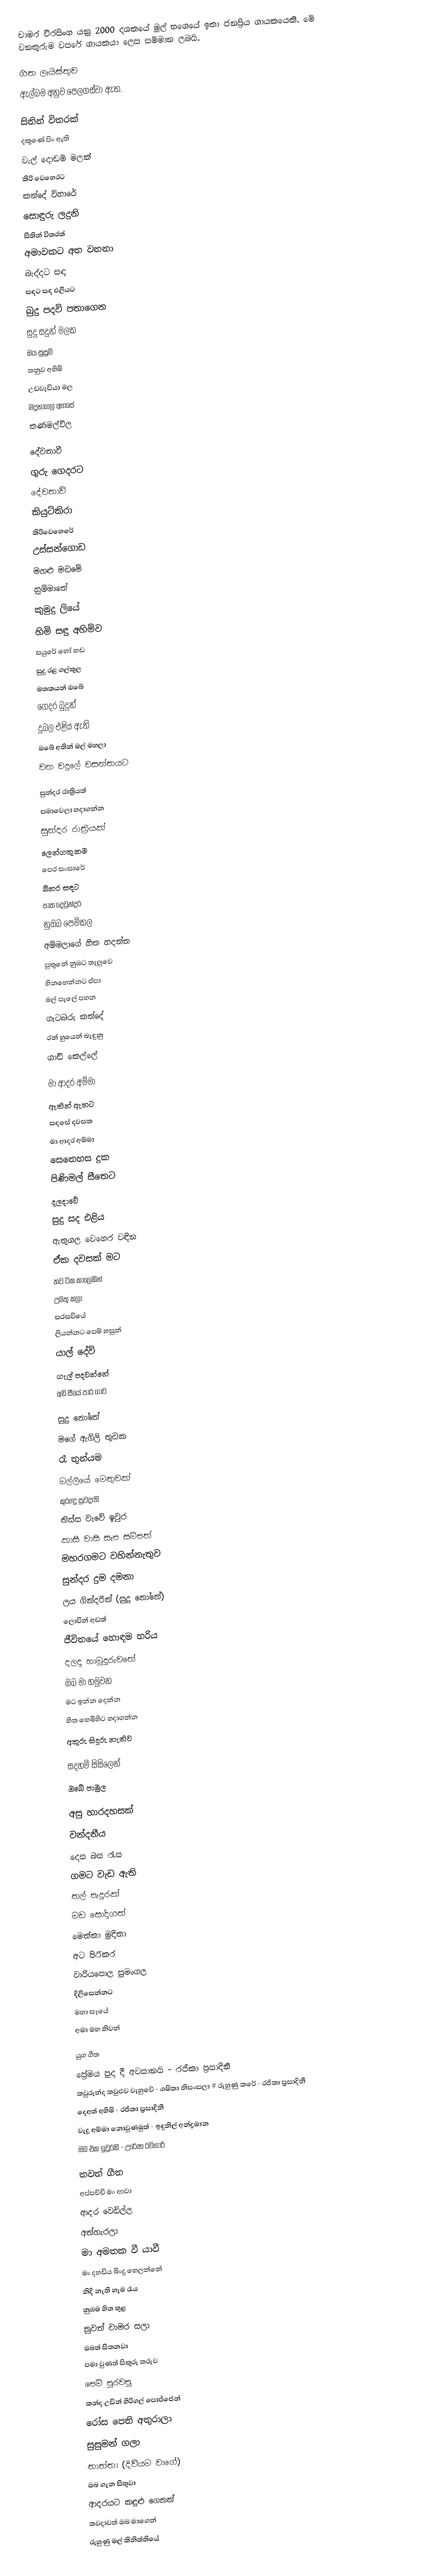
චාමර වීරසිංහ යනු 2000 දශකයේ මුල් භගෙයේ ඉතා ජනප්‍රිය ගායකයෙකි. මේ වනතුරුම වසරේ ගායකයා ලෙස සම්මාන ලබයි.

ගිත ලැයිස්තුව
 ඇල්බම අනුව පෙලගස්වා ඇත.

සිතින් විතරක්
 දකුණේ පිං ඇති
 වැල් දොඩම් මලක්
 කිරි වෙහෙරට
 කන්දේ විහාරේ
 සොඳුරු ලදුනි
 සිතින් විතරක්
 අමාවකට අත වනනා
 බැද්දට සඳ
 සඳට සඳ එලියට
 බුදු පදවි පතාගෙන
 සුදු සදුන් මලක
 ඔය සුසුම්
 තනුව අහිමි
 උඩවැඩියා මල
 මදුනාගල අහසේ
 තණමල්විල

දේවතාවී
 ගුරු ගෙදරට
 දේවතාවි
 කියුටිකිරා
 කිරිවෙහෙරේ
 උස්සන්ගොඩ
 මහළු මඩමේ
 හුම්මානේ
 කුමුදු ලියේ
 හිමි සඳු අහිමිව
 සයුරේ හෝ හඬ
 සුදු රළ ගල්කුල
 මතකයන් ඔබේ
 ගෙදර බුදුන්
 දුබල එළිය ඇති
 ඔබේ අතින් මල් මහලා
 වන වදුලේ වසන්තයට

සුන්දර රාත්‍රියක්
 සමාවෙලා හදාගන්න
 සුන්දර රාත්‍රියක්
 ලෙන්ගතුකම
 පෙර සංසාරේ
 බිනර සඳට
 පාත දෙවුන්දර
 නුඔබ පෙම්කල
 අම්මලාගේ හිත හදන්න
 පුතුනේ නුඹට තැලුවෙ
 හිනහෙන්නට ඒපා
 මල් පැලේ පහන
 ගැටබරු කන්දේ
 රන් හුයෙන් බැඳුනු
 ගාඩි කෙල්ලේ

මා ආදර අම්මා
 ඈතින් ඇතට
 සඳසේ දවසක
 මා ආදර අම්මා
 සෙනෙහස දුක
 පිණිමල් සීතෙට
 දලදාවේ
 සුදු සද එළිය
 ඇතුගල වෙහෙර වඳින
 ඒක දවසක් මට
 තව ටික කාලෙකින්
 උමතු කලා
 සරසවියේ
 ලියන්නට පෙම් හසුන්
 යාල් දේවි
 ගැල් පදවන්නේ
 අඩි සීයේ පාර ගාව

සුදු නෝනේ
 මගේ ඇගිලි තුඩක
 රෑ තුන්යම
 මල්ලියේ මෙතුවක්
 කුරුඳු සුවදැති
 තිස්ස වැවේ ඉවුර
 කාසි වාසි සැප සම්පත්
 මහරගමට වහින්නැතුව
 සුන්දර දුම දමනා
 ලය ගින්දරින් (සුදු නෝනේ)
 ලොවින් අඩක්
 ජීවිතයේ හොඳම හරිය
 දලදා හාමුදුරුවනේ
 ඔබ මා හමුවන
 මට ඉන්න දෙන්න
 හිත හෙමිහිට හදාගන්න
 අතුරු සිදුරු නැතිව

සදහම් සිසිලෙන්
 ඔබේ පාමුල

 අසු හාරදහසක්
 වන්දනීය
 දෙස බස රැස
 ගමට වැඩ ඇති
 තල් පැදුරක්
 මඩ සෝදාගත්
 මෙත්තා මුදිතා
 අට පිරිකර
 වාරියපොල සුමංගල
 දිලිසෙන්නට
 මහා සෑයේ
 අමා මහ නිවන්

යුග ගීත
 ප්‍රේමය පුද දී අවසානයි - රජිකා ප්‍රසාදිනී
 කවුරුන්ද කවුළුව වැහුවේ - ශෂිකා නිසංසලා # රුහුණු කරේ - රජිකා ප්‍රසාදිනී
 දෙඅත් අහිමි - රජිකා ප්‍රසාදිනී
 වැදූ අම්මා නොවුණමුත් - ඉඳුනිල් අන්ද්‍රමාන
 ඔබ එක ඉවුරකි - උරේෂා රවිහාරි

තවත් ගීත
 අප්පච්චී මං ආවා
 ආදර වෙඩිල්ල
 අත්හැරලා
 මා අමතක වී යාවී
 මං දහඩිය බිංදු හෙලන්නේ
 නිදි නැති හැම රැය
 නුඹම හිත තුළ
 නුවන් චාමර සලා
 ඔබත් සිතනවා
 පමා වුණත් සිකුරු තරුව
 පෙම් පුරවපු
 කන්ද උඩින් හිරිගල් පොජ්ජෙන්
 රෝස පෙති අතුරාලා
 සුසුමන් ගලා
 තාත්තා (දිවියම වාගේ)
 ඔබ ගැන සිතුවා
 ආදරයට කඳුළු ගෙනත්
 කවදාවත් ඔබ මාගෙන්
 රුහුණු මල් කිනිත්තියේ